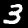
Label: 3